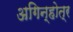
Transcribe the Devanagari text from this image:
अगिन्होत्र